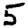
Digit: 5